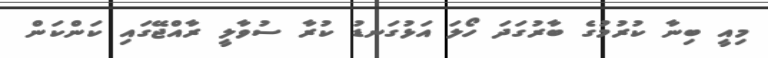
މިއީ ބިނާ ކުރުމުގެ ބާރުގަދަ ހޯލަ އަޅުގަނޑު ކުރާ ސުވާލީ ރާއްޖޭގައި ކަންކަން